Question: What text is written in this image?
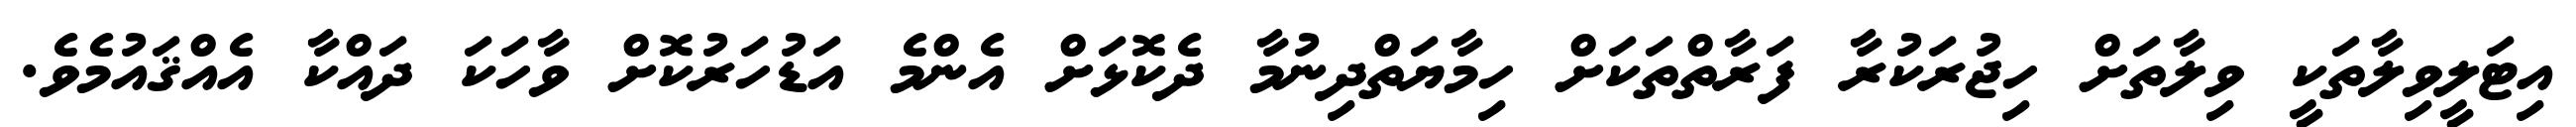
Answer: އިޓަލީވިލާތަކީ ވިލާތަށް ހިޖުރަކުރާ ފަރާތްތަކަށް ހިމާޔަތްދިނުމާ ދެކޮޅަށް އެންމެ އަޑުހަރުކޮށް ވާހަކަ ދައްކާ އެއްޤައުމެވެ.